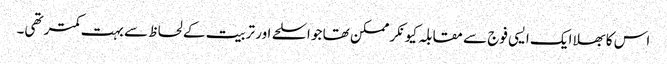
اس کا بھلا ایک ایسی فوج سے مقابلہ کیونکر ممکن تھا جو اسلحے اور تربیت کے لحاظ سے بہت کمتر تھی۔